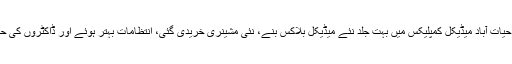
اسی نئے ایکٹ کی بدولت لیڈی ریڈنگ ہسپتال، خیبر ٹیچنگ ہسپتال اور حیات آباد میڈیکل کمپلیکس میں بہت جلد نئے میڈیکل بلاکس بنے، نئی مشینری خریدی گئی، انتظامات بہتر ہوئے اور ڈاکٹروں کی حاضری، رویئے اور میڈیکل سروس کی فراہمی میں نمایاں بہتری ہوئی۔